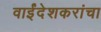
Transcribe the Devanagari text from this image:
वाईंदेशकरांचा